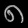
Digit: ၈